Vana-Antsla_vallavalitsus, lk 33
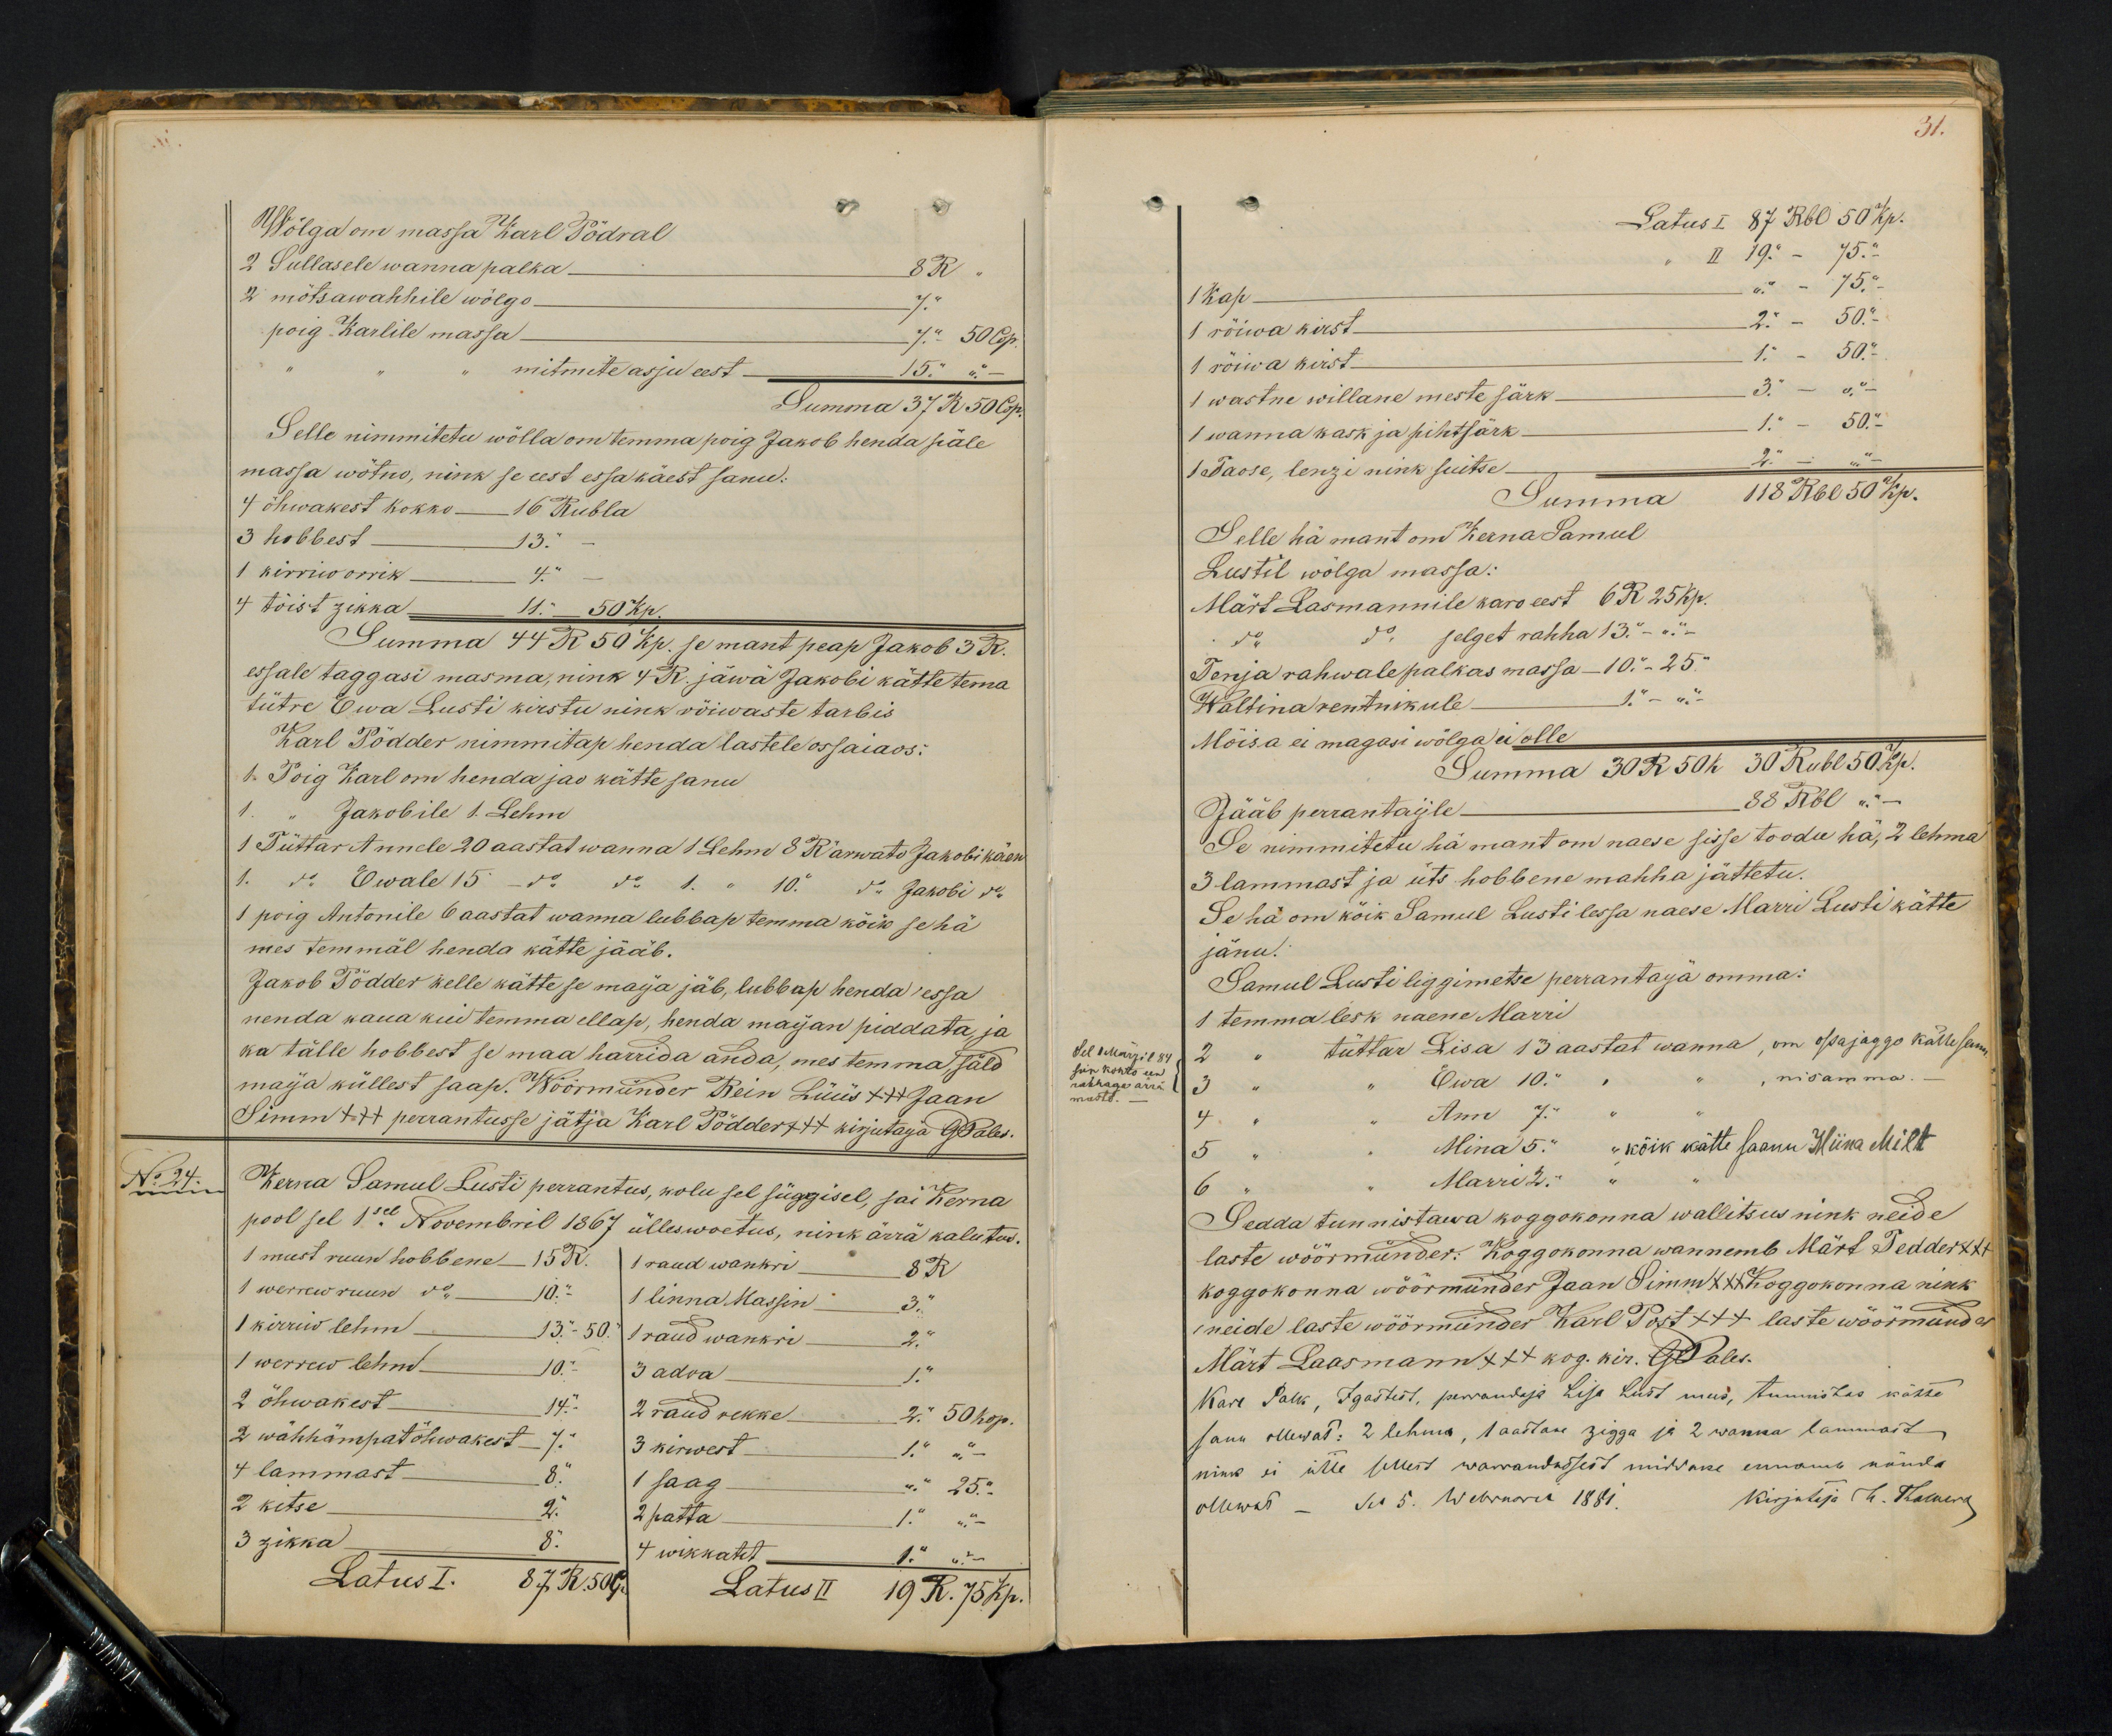
Wõlga om massa Karl Pödal
2 Sullasele wanna palka. 8 R.
2 mötsawahhile wölgo 7 "
poig Karlile massa
7." 50 Cop.
mitmite asju eest - 15 " -
Summa 37 R 50 Cop.
Selle nimmitetu wölla om temma poig Jakob henda päle
massa wötno, nink se eest essa käest sanu.
4 õhwakest kokko 16 Rubla
3 hobbest - 13. "
1 kirrio orrik 4. "
4 tõist zikka 11. - 50 Kp.
Summa 44 R 50 Kp. se mant peap Jakob 3 R.
essale taggasi masma, nink 4 R. jäwä Jakobi kätte tema
tütre Ewa Lusti kirstu nink rõiwaste tarbis
Karl Põdder nimmitap henda lastele ossaiaos:
1. Poig Karl on henda jao kätte sanu
1 " Jakobile 1. Lehm
1 Tüttar Annele 20 aastat wanna 1 Lehm 8 R arwato Jakobi käen
1. do. Ewale 15 - do do 1. " 10 " do. Jakobi do.
1 poig Antonile 6 aastat wanna lubbap temma köik se hä
mes temmäl henda kätte jääb.
Jakob Pödder kelle kätte se maija jäb, lubbap henda essa
nenda kaua kui temma ellap, henda maijan piddata, ja
ka tälle hobbest se maa harrida anda, mes temma säld
maja küllest saap. Wöörmünder Rein Lüüs XXX Jaan
Simm XXX perrantusse jätja Karl Pödder +++ kirjutaja GPales.
No 24.
Kerna Samuel Lusti perrantus, wolu sel süggisel, sai Kerna
pool sel 1sel Nowembril 1867 ülleswoetus, nink ärrä kalutus.
1 must ruun hobbene - 15 R.
1 raud wankri 8 R
1 werrew ruun do 10. "
1 linna Massin 3 "
1 kirriw lehm 13. - 50 "
1 raud wankri 2"
1 werrew lehm - 10.-
3 adra 1 "
2 õhwakest - 14. "
2 raud rekke 2. 50 kop.
2 wähhämpat õhwakest 7 "
3 kirwest 1" " -
4 lammast - 8. "
1 saag " 25. "
2 kitse 2. "
2 patta- 1. " -
3 zikka 8.
4 wikkatet - 1." " "
Latus I. 87 R. 50 p.
Latus II 19 K. 75 kp.

31.
Latus I 87 Rbl 50 Kp.
" II 19 " - 75."
Kap - " 19 " - 75."
" - 75" -
1 rõiwa kirst 1." - 50.-
1 rõiwa kirst 2." - 50."
1 wastne willane meste särk 3. - "-
1 wanna kask ja pihtsärk- 1. - 50."
1 Taose, lenzi nink suitse - 2". - "-
Summa 118 Rbl 50 Kp.
Selle hä mant om Kerna Samul
Lustil wölga massa:
Märt Lasmannile karo eest 6 R 25 kp.
do do selget rahha 13. - "
Tenja rahwale palkas massa - 10. - 25.
Waltina rentnikule 1 - "-
Möisa ei magasi wölga ei olle
Summa 30 R 50 k. 30 Rubl 50 Kp
Jääb perrantaijle 88 Rbl ".-
Se nimmitetu hä mant on naese sisse toodu hä 2 lehma
3 lammast ja üts hobbene mahha jättetu.
Se hä om kõik Samuel Lusti lessa naese Marri Lusti kätte
jänu.
Samul Lusti liggimetse perrantaija omma:
1 temma lesk naene Marri
Sel 1 Märzil 84
2 " tüttar Lisa 13 aastat wanna, om ossajaggo kätte sanu
siin kohto een
rahhaga ärra
masto
3 " " Ewa 10 " " " " nisamma. -
5 " " Mina 5 " " kõik kätte saanu Miina Milt
4 " " Ann 7. "
6 " " Marri 2 "
Sedda tunnistawa koggokonna wallitsus nink neide
laste wöörmünder: Koggokonna wannemb Märt Tedder XXX
koggokonna wöörmünder Jaan Simm XXX Koggokonnas nink
neide laste wöörmünder Karl Post +++ laste wöörmünder
Märt Laasmann +++ kog. kir. G. Pales.
Karl Palk, Igastest, perrandaja Lisa Lust mees, tunnistas kätte
sanu ollewat: 2 lehma, 1 aastane zigga ja 2 wanna lammast
nink ei ütte sellest warrandusest middake ennamb nöuda
ollewat - No 5. Webruaril 1881. Kirjutaja H. Hakmer